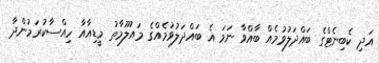
އަދި ކެބިނެޓްގެ ބައްދަލުވުމެއް ބާއްވާ ނަމަ އެ ބައްދަލުވުމެއްގެ މައުލޫމާތު މީޑިއާއާ ހިއްސާކުރަމުންދާ